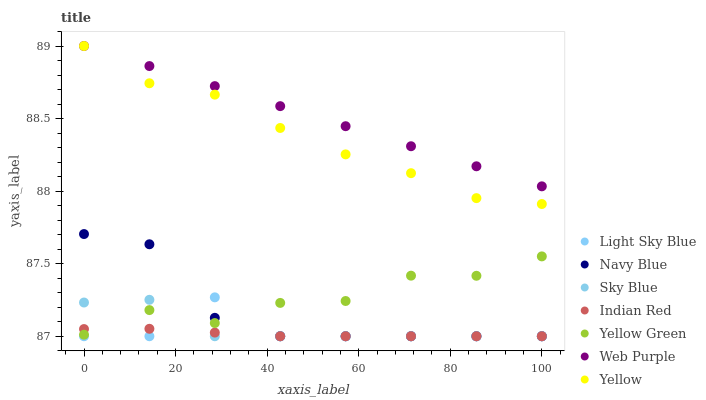
| xaxis_label | Light Sky Blue | Navy Blue | Sky Blue | Indian Red | Yellow Green | Web Purple | Yellow |
 | --- | --- | --- | --- | --- | --- | --- | --- |
 | 0 | 87 | 87.7 | 87.2 | 87 | 87 | 89 | 89 |
 | 14.3 | 87 | 87.6 | 87.3 | 87.1 | 87.2 | 88.9 | 88.7 |
 | 28.6 | 87.3 | 87.1 | 87 | 87 | 87.1 | 88.7 | 88.7 |
 | 42.9 | 87 | 87 | 87 | 87 | 87.2 | 88.6 | 88.4 |
 | 57.1 | 87 | 87 | 87 | 87 | 87.2 | 88.4 | 88.3 |
 | 71.4 | 87 | 87 | 87 | 87 | 87.4 | 88.3 | 88.1 |
 | 85.7 | 87 | 87 | 87 | 87 | 87.4 | 88.2 | 88 |
 | 100 | 87 | 87 | 87 | 87 | 87.6 | 88 | 87.9 |